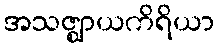
အသဇ္ဈာယကိရိယာ